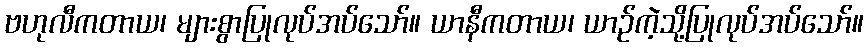
ဗဟုလီကတာယ၊ များစွာပြုလုပ်အပ်သော်။ ယာနီကတာယ၊ ယာဉ်ကဲ့သို့ပြုလုပ်အပ်သော်။